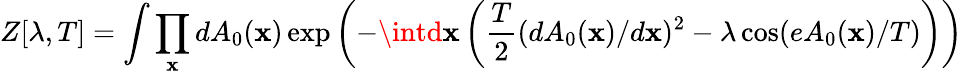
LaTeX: Z[\lambda,T]=\int\prod_{\mathbf{x}}dA_{0}(\mathbf{x})\exp\left(-\intd\mathbf{x}\left(\frac{{T}}{{2}}(dA_{0}(\mathbf{x})/d\mathbf{x})^{2}-\lambda\cos(eA_{0}(\mathbf{x})/T)\right)\right)